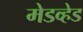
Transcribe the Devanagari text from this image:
मेडव्हेड